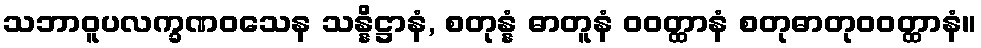
သဘာဝူပလက္ခဏဝသေန သန္နိဋ္ဌာနံ, စတုန္နံ ဓာတူနံ ဝဝတ္ထာနံ စတုဓာတုဝဝတ္ထာနံ။